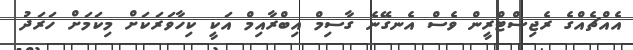
އެއްޗެއްގެ ރެޖިސްޓްރީން ވެސް އެނގޭނެ ގާސިމް އިބްރާއިމް އަކީ ކިހާވަރަކަށް މިކަމަށް ހަރަދު